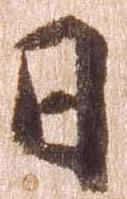
日